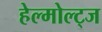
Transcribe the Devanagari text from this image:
हेल्मोल्ट्ज